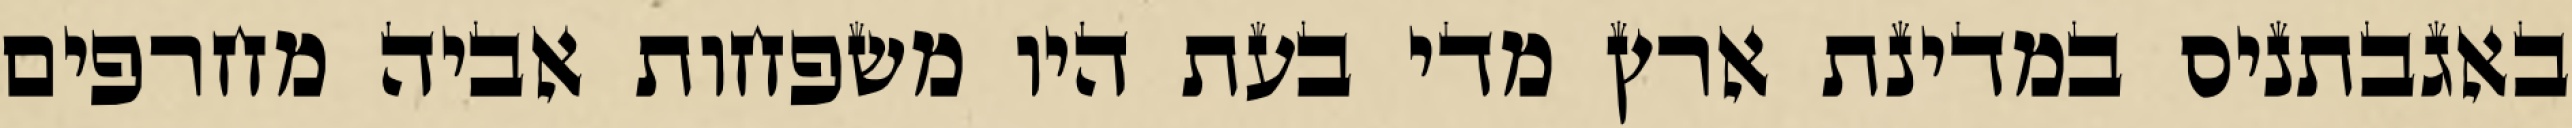
באגבתניס במדינת ארץ מדי בעת היו משפחות אביה מחרפים